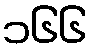
၁၆၆